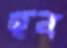
হব